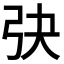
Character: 𢎹